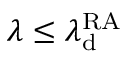
\lambda \leq \lambda _ { \mathrm { d } } ^ { \mathrm { R A } }